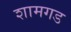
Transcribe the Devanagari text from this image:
शामगड